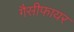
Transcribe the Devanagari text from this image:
गैसीफायर